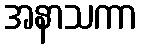
အနာသကာ